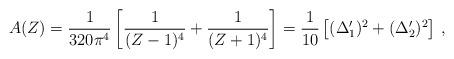
LaTeX: \begin{align*}A(Z) = {1\over 320\pi^4} \left[ {1\over (Z-1)^4} + {1\over (Z+1)^4} \right] = {1\over 10}\left[ (\Delta_1 ')^2 + (\Delta_2 ')^2 \right]\,,\end{align*}